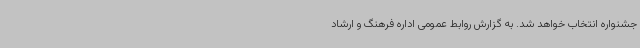
جشنواره انتخاب خواهد شد. به گزارش روابط عمومی اداره فرهنگ و ارشاد